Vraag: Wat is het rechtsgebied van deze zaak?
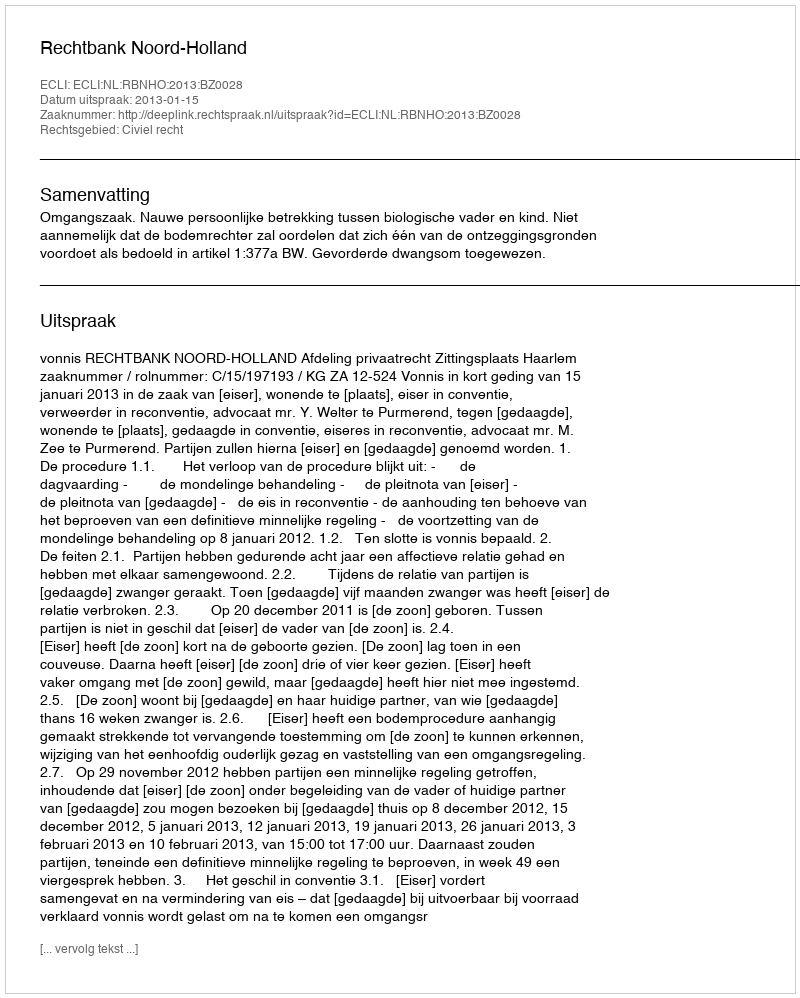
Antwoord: Civiel recht